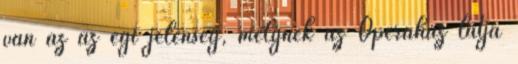
van az az égi jelenség, melynek az Operaház látja